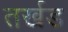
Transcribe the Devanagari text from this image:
तर्खड